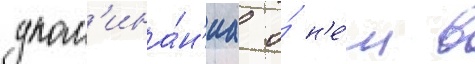
упом'ина́н'иа о́ н'е́м в